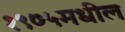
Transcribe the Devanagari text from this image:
१९७५मधील